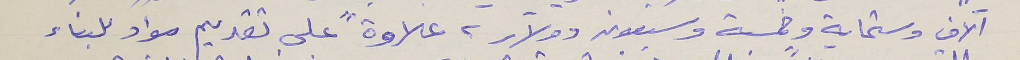
آلاف وستماية وخمسة وسبعون دولار، علاوةً على تقديم مواد للبناء